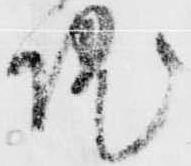
院